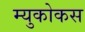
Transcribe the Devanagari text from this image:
म्युकोकस